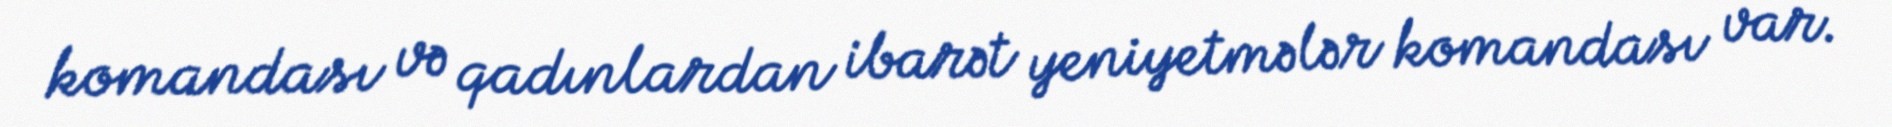
komandası və qadınlardan ibarət yeniyetmələr komandası var.